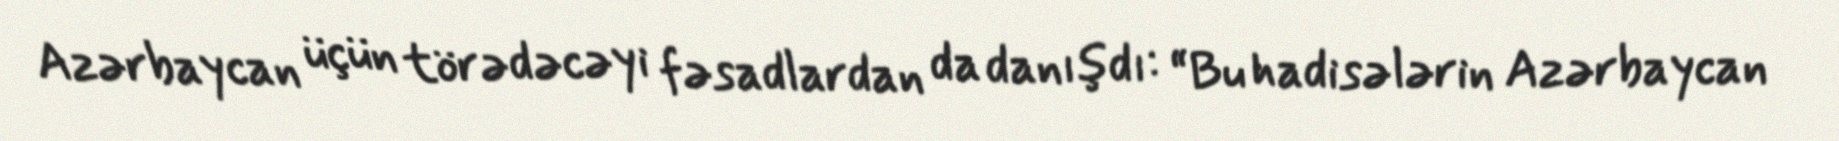
Azərbaycan üçün törədəcəyi fəsadlardan da danışdı: “Bu hadisələrin Azərbaycan